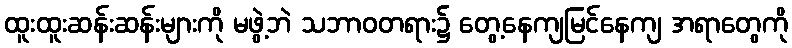
ထူးထူးဆန်းဆန်းများကို မဖွဲ့ဘဲ သဘာဝတရား၌ တွေ့နေကျမြင်နေကျ အရာတွေကို